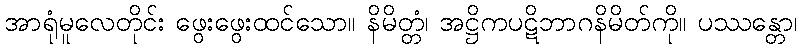
အာရုံမူလေတိုင်း ဖွေးဖွေးထင်သော။ နိမိတ္တံ၊ အဋ္ဌိကပဋိဘာဂနိမိတ်ကို။ ပဿန္တော၊